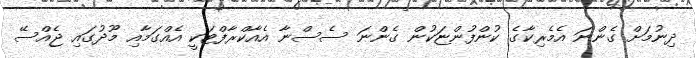
ދިނުމަށް ގެންނަ އެމެރިކާގެ ކުންފުންޏަކުން ގެންނަ ސެސްނާ އެއާކްރާފްޓަކީ އެއްގަމާއި މޫދުގައި ޖެއްސޭ